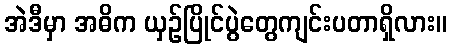
အဲဒီမှာ အဓိက ယှဉ်ပြိုင်ပွဲတွေကျင်းပတာရှိလား။